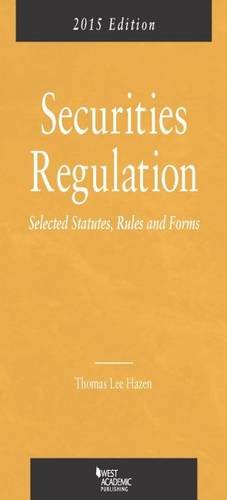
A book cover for Securities Regulation, Selected Statutes, Rules and Forms, 2015; Thomas Hazen; Law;